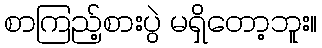
စာကြည့်စားပွဲ မရှိတော့ဘူး။